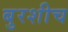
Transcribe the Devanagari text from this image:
बुरशीच